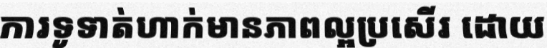
ការទូទាត់ហាក់មានភាពល្អប្រសើរ ដោយ